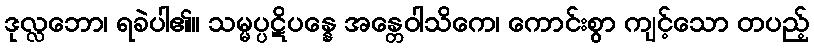
ဒုလ္လဘော၊ ရခဲပါ၏။ သမ္မပ္ပဋိပန္နေ အန္တေဝါသိကေ၊ ကောင်းစွာ ကျင့်သော တပည့်